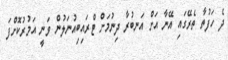
ދެ ހަފުތާ ތެރޭގައި އޭނާ އަށް އަނބުރާ ދިނުމަށް ޓްރައިބިއުނަލުން ވަނީ އަމުރުކޮށްފަ